Annual report of the Central Committee of the Association together with the report of the directors of the Pasteur Institute at Kasauli
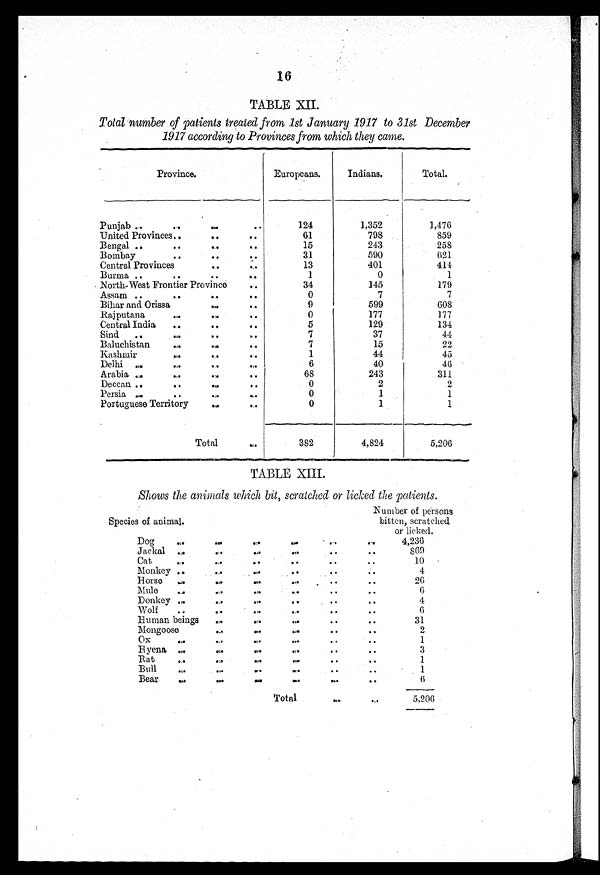
16
TABLE XII.
Total number of patients treated from 1st January 1917 to 31st December
1917 according to Provinces from which they came.
. 1••••n•••
Province.
Europeans.
Indians.
Total.
Punjab
124
1,352
1,476
United Provinces
61
798
859
Bengal
15
243
258
Bombay
31
590
621
Central Provinces
13
401
414
Burma
1
0
1
North-West Frontier Province
34
145
179
Assam
0
7
7
Bihar and Orissa
9
599
608
Rajputana
0
177
177
Central India
5
129
134
Sind
7
37
44
Baluchistan
7
15
22
Kashmir
1
44
45
Delhi
6
40
46
Arabia
68
243
311
Deccan
0
2
2
Persia
0
1
1
Portuguese Territory
0
1
1
Total
382
4,824
5,206
TABLE XIII.
Shows the animals which bit, scratched or licked the patients.
Species of animal.
Number of persons
bitten, scratched
or licked.
Dog
4,236
Jackal
869
Cat
10
Monkey
4
Horse
26
Mule
6
Donkey
4
Wolf
6
Human beings
31
Mongoose
2
OX
1
Hyena
3
Rat
1
Bull
1
Bear
6
Total
—
5,206